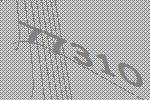
77310